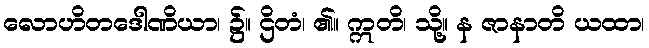
လောဟိတဒေါဏိယာ၊ ၌။ ဌိတံ၊ ၏။ ဣတိ၊ သို့။ န ဇာနာတိ ယထာ၊